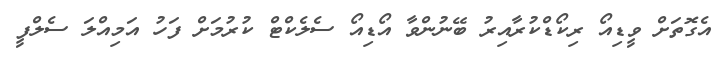
އެގޮތަށް ވީޑިއޯ ރިކޯޑްކުރާއިރު ބޭނުންވާ އޯޑިއޯ ސެލެކްޓް ކުރުމަށް ފަހު އަމިއްލަ ސެލްފީ